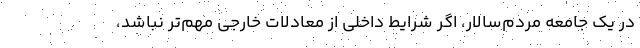
در یک جامعه مردم‌سالار، اگر شرایط داخلی از معادلات خارجی مهم‌تر نباشد،